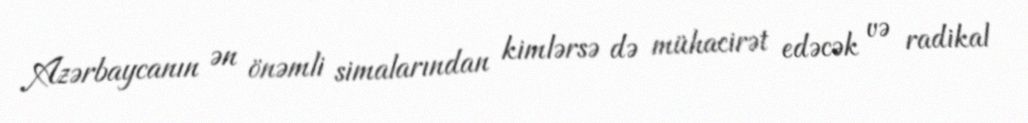
Azərbaycanın ən önəmli simalarından kimlərsə də mühacirət edəcək və radikal